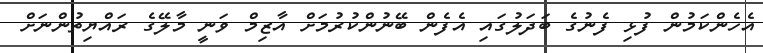
އެެހެންކަމުން ފުޅި ފެނުގެ ބަދަލުގައި އެފެން ބޭނުންކުރުމަށް އާޒިމް ވަނީ މާލޭގެ ރައްޔިތުންނަށް